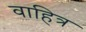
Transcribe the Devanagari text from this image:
वाहित्र